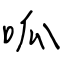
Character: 呱